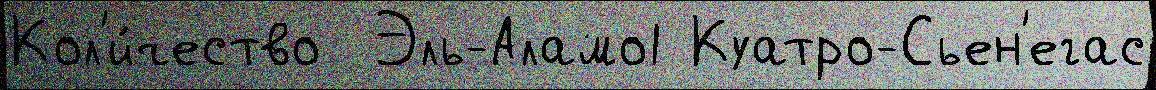
Кол'и́чество  Эль-Аламо1 Куатро-Сьен'егас